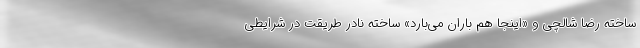
ساخته رضا شالچی و «اینجا هم باران می‌بارد» ساخته نادر طریقت در شرایطی